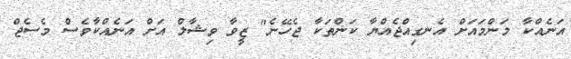
އަނެއްކާ މަންމައަށް އެނގިއްޖެއްޔާ ކަންތަކާ ޖެހޭނެ" ޒީވާ ވިޝާލް އަށް އަނެއްކާވެސް މެސެޖް